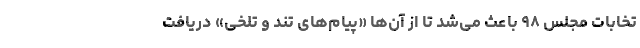
تخابات مجلس ۹۸ باعث می‌شد تا از آن‌ها «پیام‌های تند و تلخی» دریافت